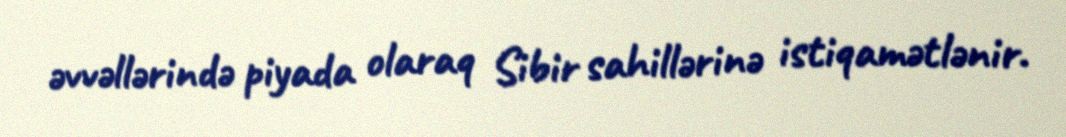
əvvəllərində piyada olaraq Sibir sahillərinə istiqamətlənir.